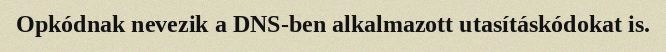
Opkódnak nevezik a DNS-ben alkalmazott utasításkódokat is.